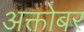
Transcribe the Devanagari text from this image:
अक्तोबर